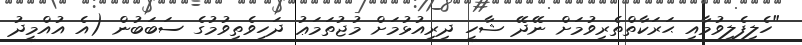
"ހެލިފެލިވުމާއި ޙަރަކާތްތެރިވުމަށް ނޭދޭ ޝާހީ ދިރިއުޅުމަށް މުޖުތަމަޢު ދަހިވެތިވުމުގެ ސަބަބުން (އެ އުއްމީދު